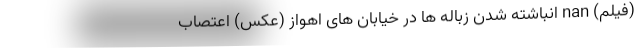
(فیلم) nan انباشته شدن زباله ها در خیابان های اهواز (عکس) اعتصاب